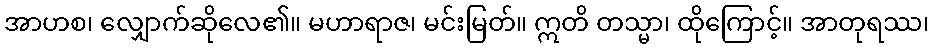
အာဟစ၊ လျှောက်ဆိုလေ၏။ မဟာရာဇ၊ မင်းမြတ်။ ဣတိ တသ္မာ၊ ထိုကြောင့်။ အာတုရဿ၊